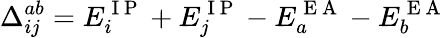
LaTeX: \Delta_{ij}^{ab}=E_{i}^{\mathrm{~I~P~}}+E_{j}^{\mathrm{~I~P~}}-E_{a}^{\mathrm{~E~A~}}-E_{b}^{\mathrm{~E~A~}}